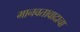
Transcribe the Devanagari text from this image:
मानवतावादाचा